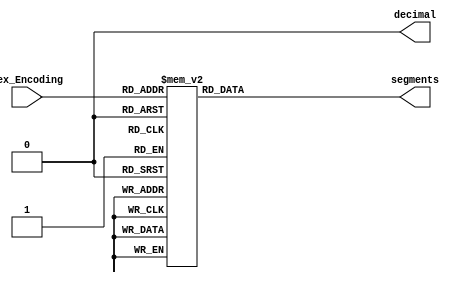
module Xlate_hx(
  // Setup the inputs & outputs for the module
  input [3:0] hex_Encoding,
  output reg [6:0] segments,
  output decimal
);

// Decode the 4-bit encoding to hex
always @ (*) begin
  case(hex_Encoding)
    4'b0000: segments[6:0] = 7'b1000000; //0
    4'b0001: segments[6:0] = 7'b1111001; //1
    4'b0010: segments[6:0] = 7'b0100100; //2
    4'b0011: segments[6:0] = 7'b0110000; //3
    4'b0100: segments[6:0] = 7'b0011001; //4
    4'b0101: segments[6:0] = 7'b0010010; //5
    4'b0110: segments[6:0] = 7'b0000010; //6
    4'b0111: segments[6:0] = 7'b1111000; //7
    4'b1000: segments[6:0] = 7'b0000000; //8
    default: segments[6:0] = 7'b0010000; //9
  endcase
end
endmodule